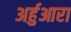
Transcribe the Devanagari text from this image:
अर्हुआरा